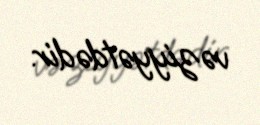
vəziyyətdədir.